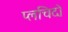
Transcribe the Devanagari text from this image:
प्लचिदो